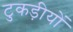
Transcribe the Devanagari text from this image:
टुकड़ीयों